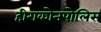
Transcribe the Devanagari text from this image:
हीराकोनपोलिस